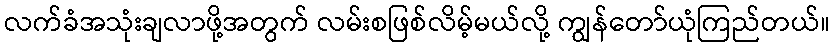
လက်ခံအသုံးချလာဖို့အတွက် လမ်းစဖြစ်လိမ့်မယ်လို့ ကျွန်တော်ယုံကြည်တယ်။